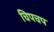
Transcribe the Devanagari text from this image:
चिपचप